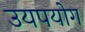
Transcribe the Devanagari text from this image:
उयपयोग